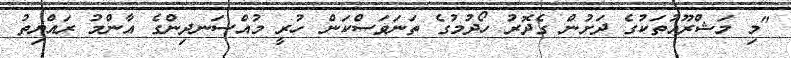
"މި މަޝްރޫއުތަކުގެ ދަށުން ގެދޮރު ހޯދުމުގެ ތަނަވަސްކަން ހުރީ މުއްސަނދިންގެ އާންމު ރައްޔިތު